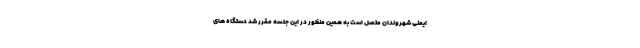
ایمنی شهروندان متصل است به همین منظور در این جلسه مقرر شد دستگاه های